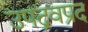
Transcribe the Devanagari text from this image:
उपद्रवप्रद